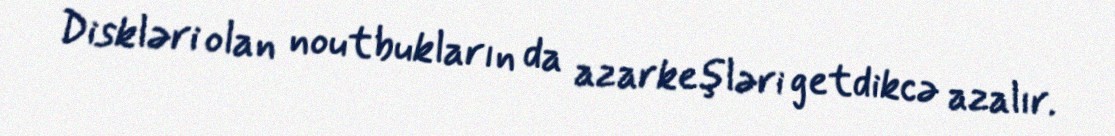
Diskləri olan noutbukların da azarkeşləri getdikcə azalır.